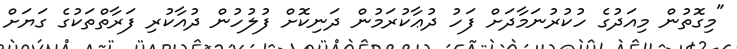
"މިގޮތުން މިއަދުގެ ހުކުރުނަމާދަށް ފަހު ދުޢާކުރަމުން ދަނިކޮށް ފުލުހުން ދުއާކުރި ފަރާތްތަކުގެ ގަޔަށް